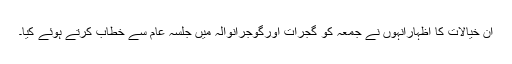
ان خیالات کا اظہارانہوں نے جمعہ کو گجرات اورگوجرانوالہ میں جلسہ عام سے خطاب کرتے ہوئے کیا۔